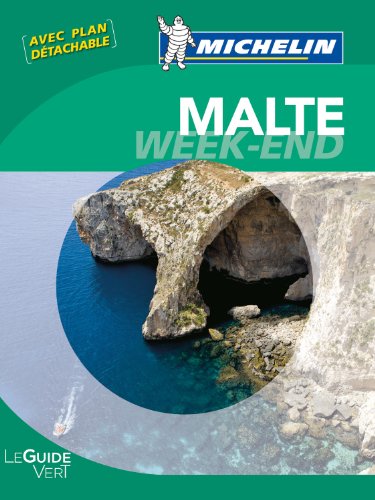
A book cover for Michelin Green Guide Weekend Malte (Malta) (in French) (French Edition); Michelin Travel Publications; Travel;